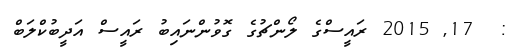
:  17